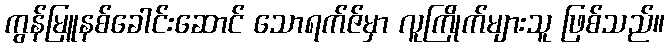
ကွန်မြူနစ်ခေါင်းဆောင် သောရက်ဇ်မှာ လူကြိုက်များသူ ဖြစ်သည်။